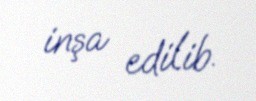
inşa edilib.